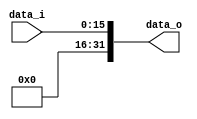
//NOT MODIFIED
module Signed_Extend(
  input   [15:0]  data_i,
  output  [31:0]  data_o
);
assign data_o = data_i;

endmodule